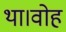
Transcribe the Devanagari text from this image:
था।वोह